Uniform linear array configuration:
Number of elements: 32
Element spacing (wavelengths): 0.75
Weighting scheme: hamming
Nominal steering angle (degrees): -45
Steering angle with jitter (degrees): -45.52
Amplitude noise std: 0.05
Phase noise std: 0.05

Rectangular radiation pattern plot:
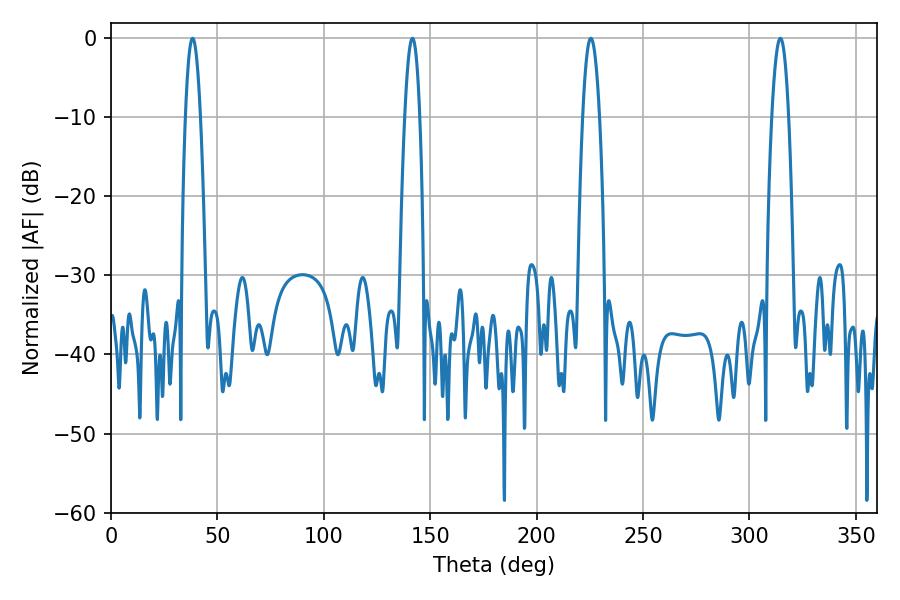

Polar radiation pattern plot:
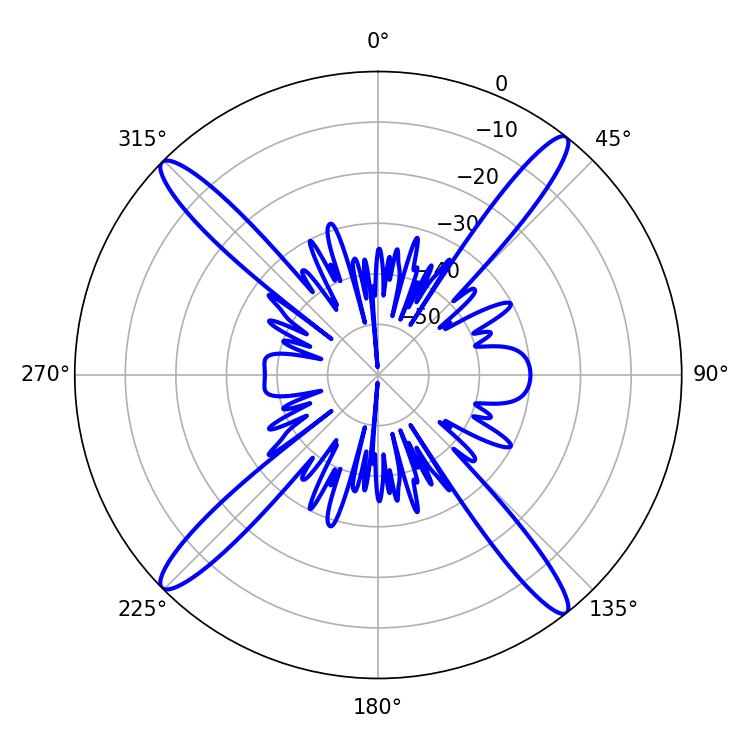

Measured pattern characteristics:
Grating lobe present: TRUE
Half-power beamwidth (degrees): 3.78
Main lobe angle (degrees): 38.34